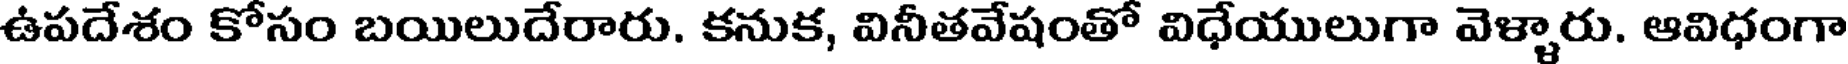
ఉపదేశం కోసం బయిలుదేరారు. కనుక, వినీతవేషంతో విధేయులుగా వెళ్ళారు. ఆవిధంగా